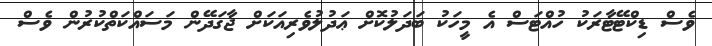
ވެސް ޑިކްޓޭޓާރަކު ހުއްޓަސް އެ މީހަކު ބަދަލުކޮށް ޢަދުލުވެރިއަކަށް ޖާގަދޭން މަސައްކަތްކުރުން ވެސް